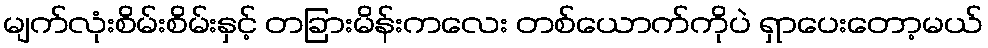
မျက်လုံးစိမ်းစိမ်းနှင့် တခြားမိန်းကလေး တစ်ယောက်ကိုပဲ ရှာပေးတော့မယ်